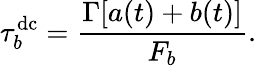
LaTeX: \tau_{b}^{\mathrm{dc}}=\frac{\Gamma[a(t)+b(t)]}{F_{b}}.